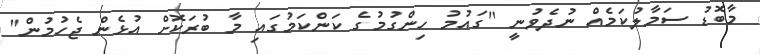
މާބޮޑު ސަމާލުކަމެއް ނުދެވުނީ "ގައުމު ހިންގުމުގެ ކަންކަމުގައި މާ ބުރަކޮށް އުޅެން ޖެހުމުން"